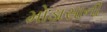
મોડાસાની